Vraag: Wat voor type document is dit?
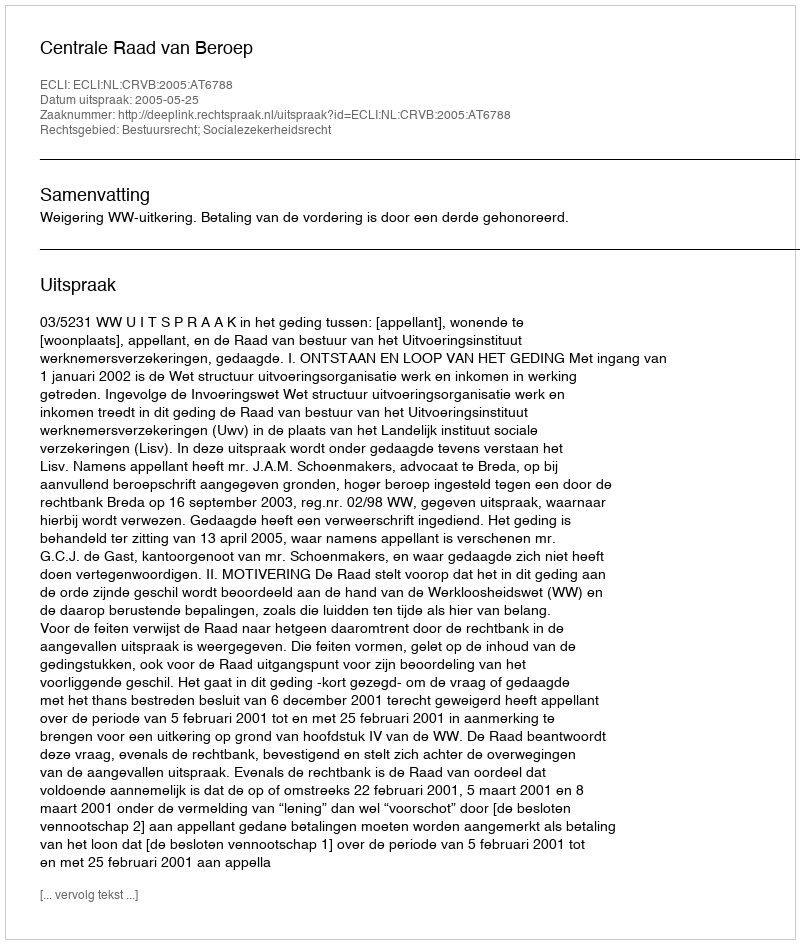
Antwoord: Uitspraak